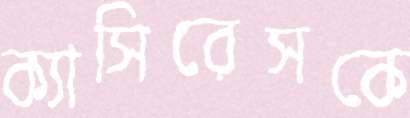
ক্যাসিরেসকে